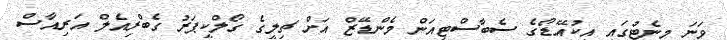
ވަނަ މިނެޓުގައި އިކުއޭޑޯގެ ސެބާސްޓިއަން މެންޑޭޒް އަށް ޗިލީގެ ގޯލްކީޕަރު ގެބްރިއެލް އަރިއާސް